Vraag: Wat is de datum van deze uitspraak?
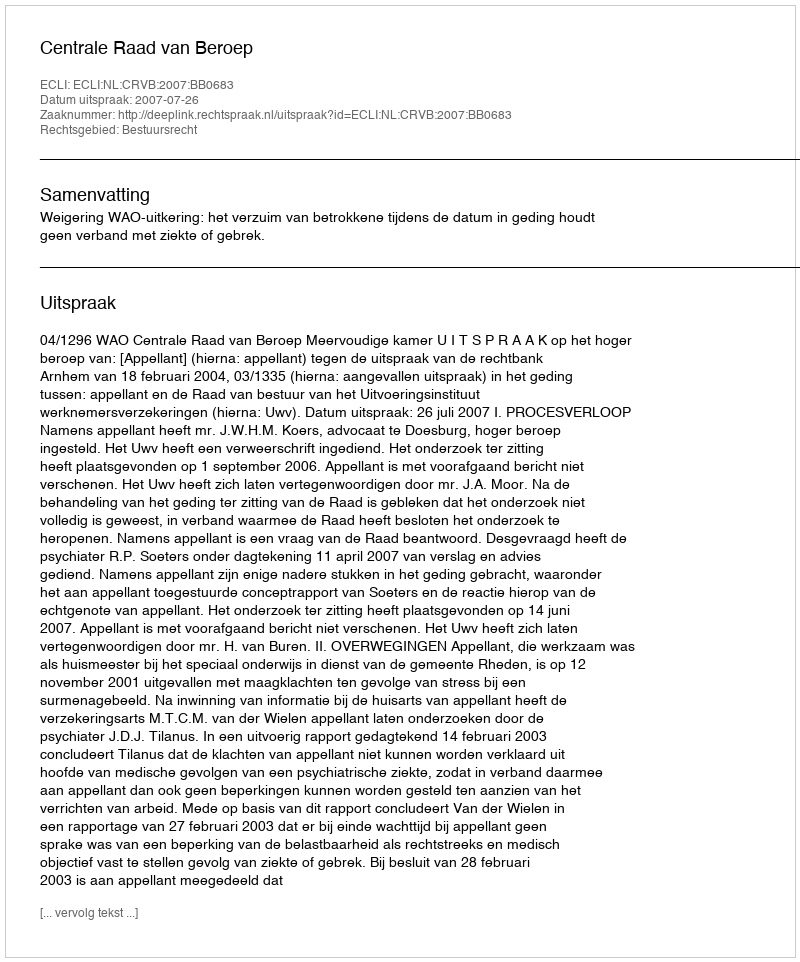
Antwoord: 2007-07-26